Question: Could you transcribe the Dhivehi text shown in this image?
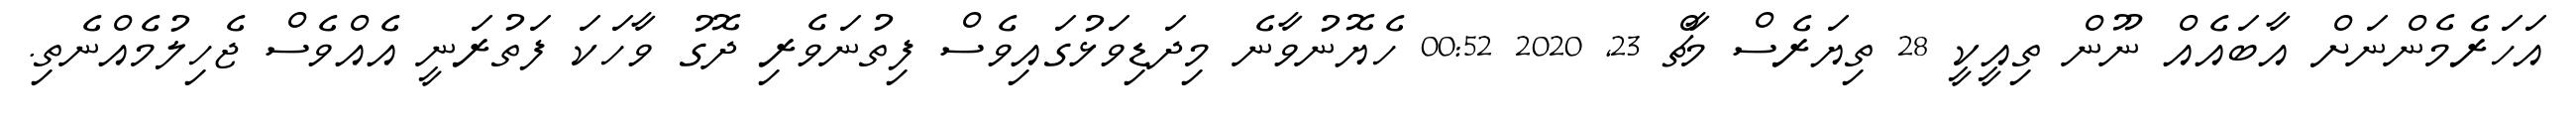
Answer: އަހަރެމެންނަށް އާބައެއް ނޫން ތިއީކީ 28 ތިޔަރެސް މާޗް 23, 2020 00:52 ހެޔޮނުވާނެ މިދަޑިވަޅުގައިވެސް ފިތުނަވެރި ދޮގު ވާހަކަ ފަތުރަނީ އެއްވެސް ޖެހިލުމެއްނެތި.